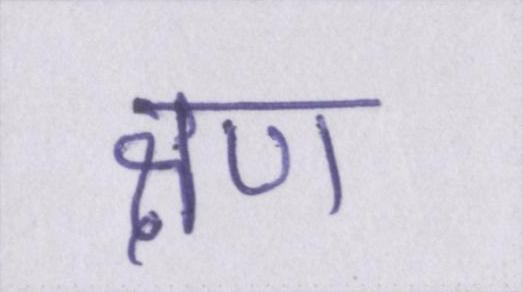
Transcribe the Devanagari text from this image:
क्षण